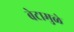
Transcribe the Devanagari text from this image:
बेटामुळे